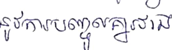
នូវការបញ្ចូលគ្នារវាង